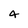
Character: 4